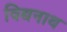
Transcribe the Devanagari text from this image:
विद्यनाथ